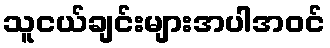
သူငယ်ချင်းများအပါအဝင်